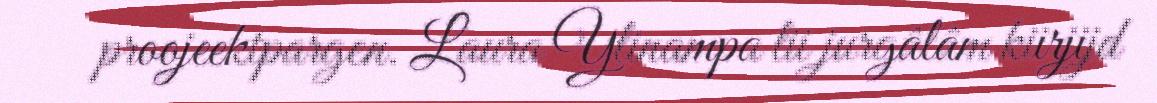
proojeektpargen. Laura Ylinampa lii jurgâlâm kiirjijd